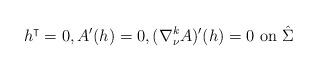
LaTeX: \begin{align*}h^\intercal=0, A'(h)=0, (\nabla^k_\nu A)'(h)=0 \mbox{ on } \hat \Sigma\end{align*}